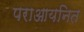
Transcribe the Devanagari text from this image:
पराआयनित